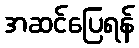
အဆင်ပြေရန်